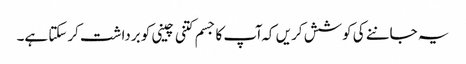
یہ جاننے کی کوشش کریں کہ ا ٓپ کا جسم کتنی چینی کو برداشت کرسکتا ہے۔